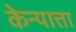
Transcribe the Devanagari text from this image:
केन्यात्ता